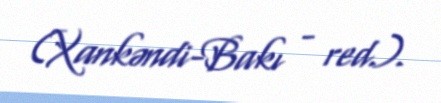
(Xankəndi-Bakı - red.).